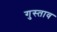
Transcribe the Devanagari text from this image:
गुस्‍ताव